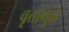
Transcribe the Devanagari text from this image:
वृत्तांमुळे